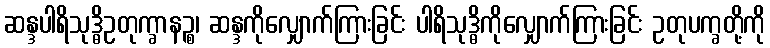
ဆန္ဒပါရိသုဒ္ဓိဥတုက္ခာနဉ္စ၊ ဆန္ဒကိုလျှောက်ကြားခြင်း ပါရိသုဒ္ဓိကိုလျှောက်ကြားခြင်း ဥတုပက္ခတို့ကို